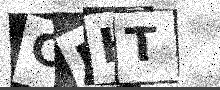
Text: CHHT